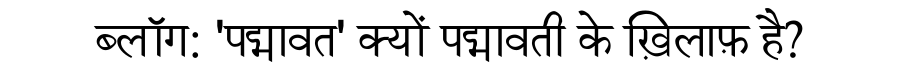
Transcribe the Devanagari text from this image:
ब्लॉग: 'पद्मावत' क्यों पद्मावती के ख़िलाफ़ है?